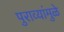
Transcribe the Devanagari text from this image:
पुराव्यांमुळे